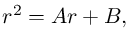
r ^ { 2 } = A r + B ,